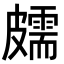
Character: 𥀭